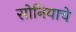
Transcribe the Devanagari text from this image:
सोनियाचे